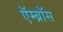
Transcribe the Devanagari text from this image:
ऍम्ब्रॉस